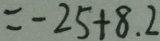
= - 2 5 + 8 . 2